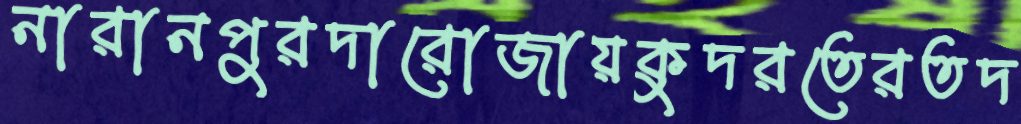
নারানপুরদারোজায়কুদরতেরতদ